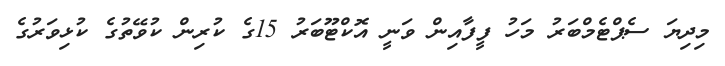
މިދިޔަ ސެޕްޓެމްބަރު މަހު ފީފާއިން ވަނީ އޮކްޓޫބަރު 15ގެ ކުރިން ކުވޭތުގެ ކުޅިވަރުގެ